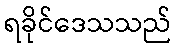
ရခိုင်ဒေသသည်